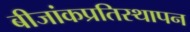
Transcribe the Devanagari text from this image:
बीजांकप्रतिस्थापन